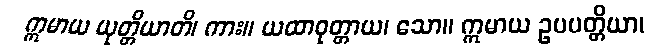
ဣမာယ ယုတ္တိယာတိ၊ ကား။ ယထာဝုတ္တာယ၊ သော။ ဣမာယ ဥပပတ္တိယာ၊